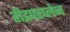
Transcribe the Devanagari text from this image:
हीइपरप्लेन